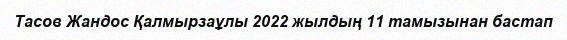
Тасов Жандос Қалмырзаұлы 2022 жылдың 11 тамызынан бастап